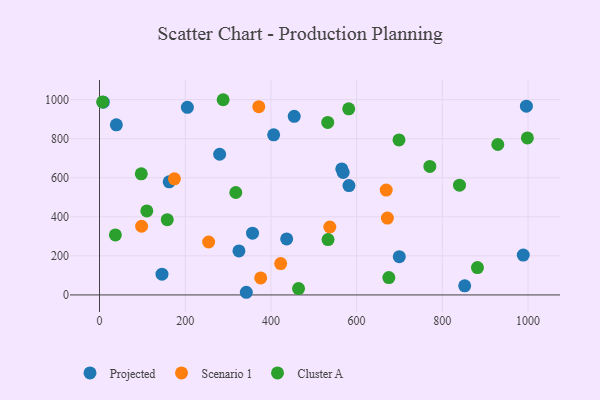
{"axis": {"x": "Experience", "y": "Salary"}, "legend": ["Cluster A", "Projected", "Scenario 1"], "data": [{"x": "565.4", "y": 645.1, "type": "Projected"}, {"x": "436.8", "y": 286.7, "type": "Projected"}, {"x": "699.6", "y": 195.8, "type": "Projected"}, {"x": "852.2", "y": 46.4, "type": "Projected"}, {"x": "582.1", "y": 560.0, "type": "Projected"}, {"x": "454.4", "y": 914.5, "type": "Projected"}, {"x": "280.4", "y": 720.4, "type": "Projected"}, {"x": "568.6", "y": 627.5, "type": "Projected"}, {"x": "205.1", "y": 960.8, "type": "Projected"}, {"x": "996.2", "y": 966.3, "type": "Projected"}, {"x": "145.8", "y": 106.1, "type": "Projected"}, {"x": "39.3", "y": 870.9, "type": "Projected"}, {"x": "325.4", "y": 225.2, "type": "Projected"}, {"x": "357.1", "y": 316.3, "type": "Projected"}, {"x": "988.9", "y": 204.3, "type": "Projected"}, {"x": "8.8", "y": 987.2, "type": "Projected"}, {"x": "342.6", "y": 13.6, "type": "Projected"}, {"x": "406.4", "y": 819.6, "type": "Projected"}, {"x": "162.6", "y": 579.3, "type": "Projected"}, {"x": "669.1", "y": 536.8, "type": "Scenario 1"}, {"x": "422.8", "y": 160.8, "type": "Scenario 1"}, {"x": "671.8", "y": 393.5, "type": "Scenario 1"}, {"x": "98.2", "y": 351.6, "type": "Scenario 1"}, {"x": "376.2", "y": 87.0, "type": "Scenario 1"}, {"x": "254.7", "y": 271.1, "type": "Scenario 1"}, {"x": "371.7", "y": 963.8, "type": "Scenario 1"}, {"x": "174.8", "y": 594.3, "type": "Scenario 1"}, {"x": "537.5", "y": 347.7, "type": "Scenario 1"}, {"x": "929.5", "y": 770.3, "type": "Cluster A"}, {"x": "998.5", "y": 803.9, "type": "Cluster A"}, {"x": "7.3", "y": 988.1, "type": "Cluster A"}, {"x": "318.1", "y": 524.4, "type": "Cluster A"}, {"x": "770.9", "y": 657.9, "type": "Cluster A"}, {"x": "698.9", "y": 793.8, "type": "Cluster A"}, {"x": "464.5", "y": 32.4, "type": "Cluster A"}, {"x": "158.1", "y": 385.1, "type": "Cluster A"}, {"x": "581.6", "y": 953.0, "type": "Cluster A"}, {"x": "533.3", "y": 283.6, "type": "Cluster A"}, {"x": "37.1", "y": 307.5, "type": "Cluster A"}, {"x": "97.5", "y": 620.1, "type": "Cluster A"}, {"x": "882.0", "y": 140.3, "type": "Cluster A"}, {"x": "288.5", "y": 999.5, "type": "Cluster A"}, {"x": "532.6", "y": 883.2, "type": "Cluster A"}, {"x": "840.1", "y": 562.2, "type": "Cluster A"}, {"x": "675.2", "y": 89.1, "type": "Cluster A"}, {"x": "110.4", "y": 430.0, "type": "Cluster A"}]}